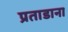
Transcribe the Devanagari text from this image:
प्रताडाना